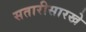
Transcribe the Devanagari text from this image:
सतारीसारखे